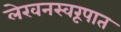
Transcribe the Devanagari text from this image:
लेखनस्वरूपात